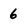
Character: 6